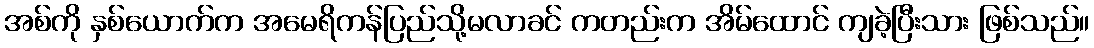
အစ်ကို နှစ်ယောက်က အမေရိကန်ပြည်သို့မလာခင် ကတည်းက အိမ်ထောင် ကျခဲ့ပြီးသား ဖြစ်သည်။